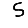
Digit: 5